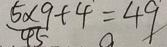
\frac { 5 \times 9 } { 4 5 } + 4 = 4 9